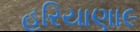
હરિયાણા૯